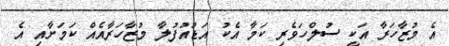
އެ މުޒާހަރާ އަކީ ސުލްހަވެރި ކަމާ އެކު އަޑުއުފުލާ މުޒާހަރާއެއް ކަމަށާއި އެ